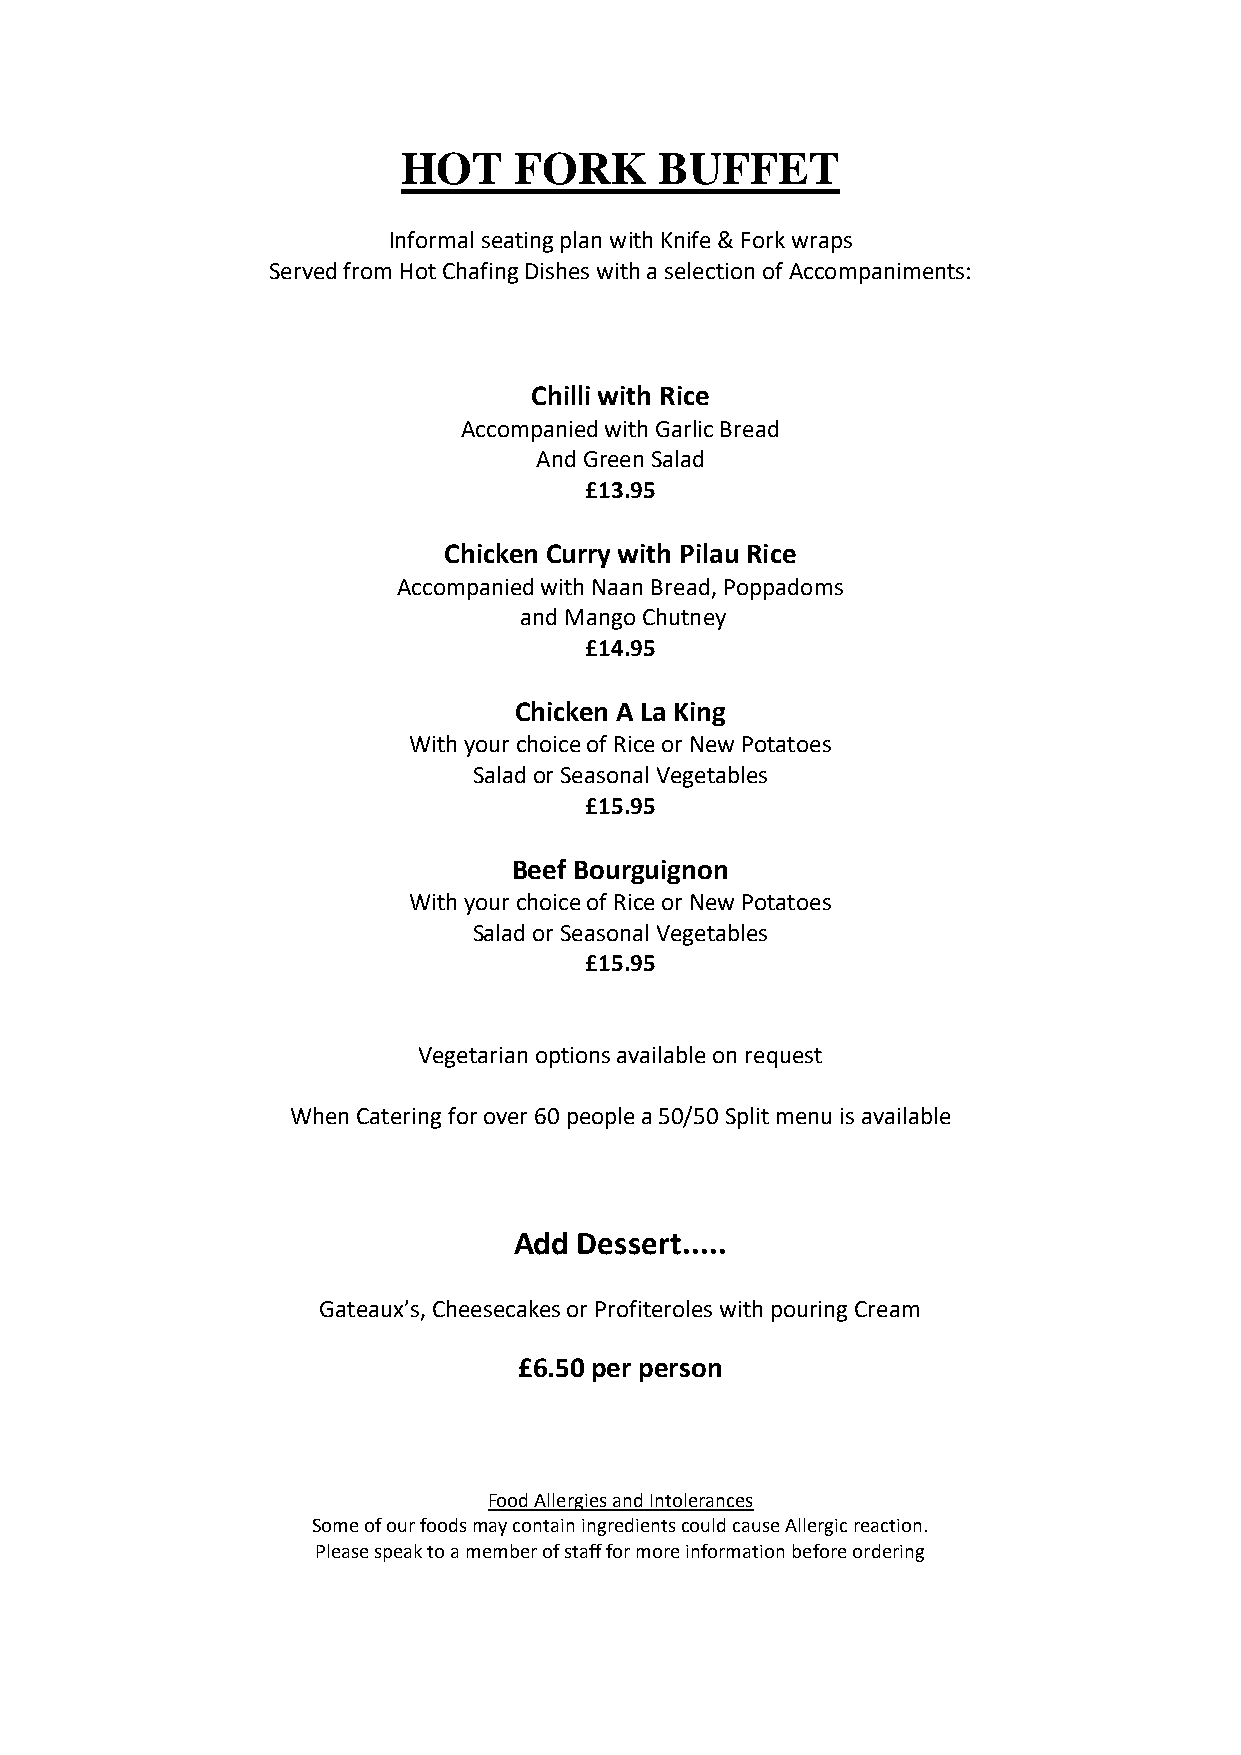
HOT    FORK      BUFFET
 Informal seating plan with Knife & Fork wraps
 Served from Hot Chafing Dishes with a selection of Accompaniments:
 Chilli with Rice
 Accompanied with Garlic Bread
 And Green Salad
 £13.95
 Chicken Curry with Pilau Rice
 Accompanied with Naan Bread, Poppadoms
 and Mango Chutney
 £14.95
 Chicken A La King
 With your choice of Rice or New Potatoes
 Salad or Seasonal Vegetables
 £15.95
 Beef Bourguignon
 With your choice of Rice or New Potatoes
 Salad or Seasonal Vegetables
 £15.95
 Vegetarian options available on request
 When Catering for over 60 people a 50/50 Split menu is available
 Add Dessert.....
 Gateaux’s, Cheesecakes or Profiteroles with pouring Cream
 £6.50 per person
 Food Allergies and Intolerances
 Some of our foods may contain ingredients could cause Allergic reaction.
 Please speak to a member of staff for more information before ordering